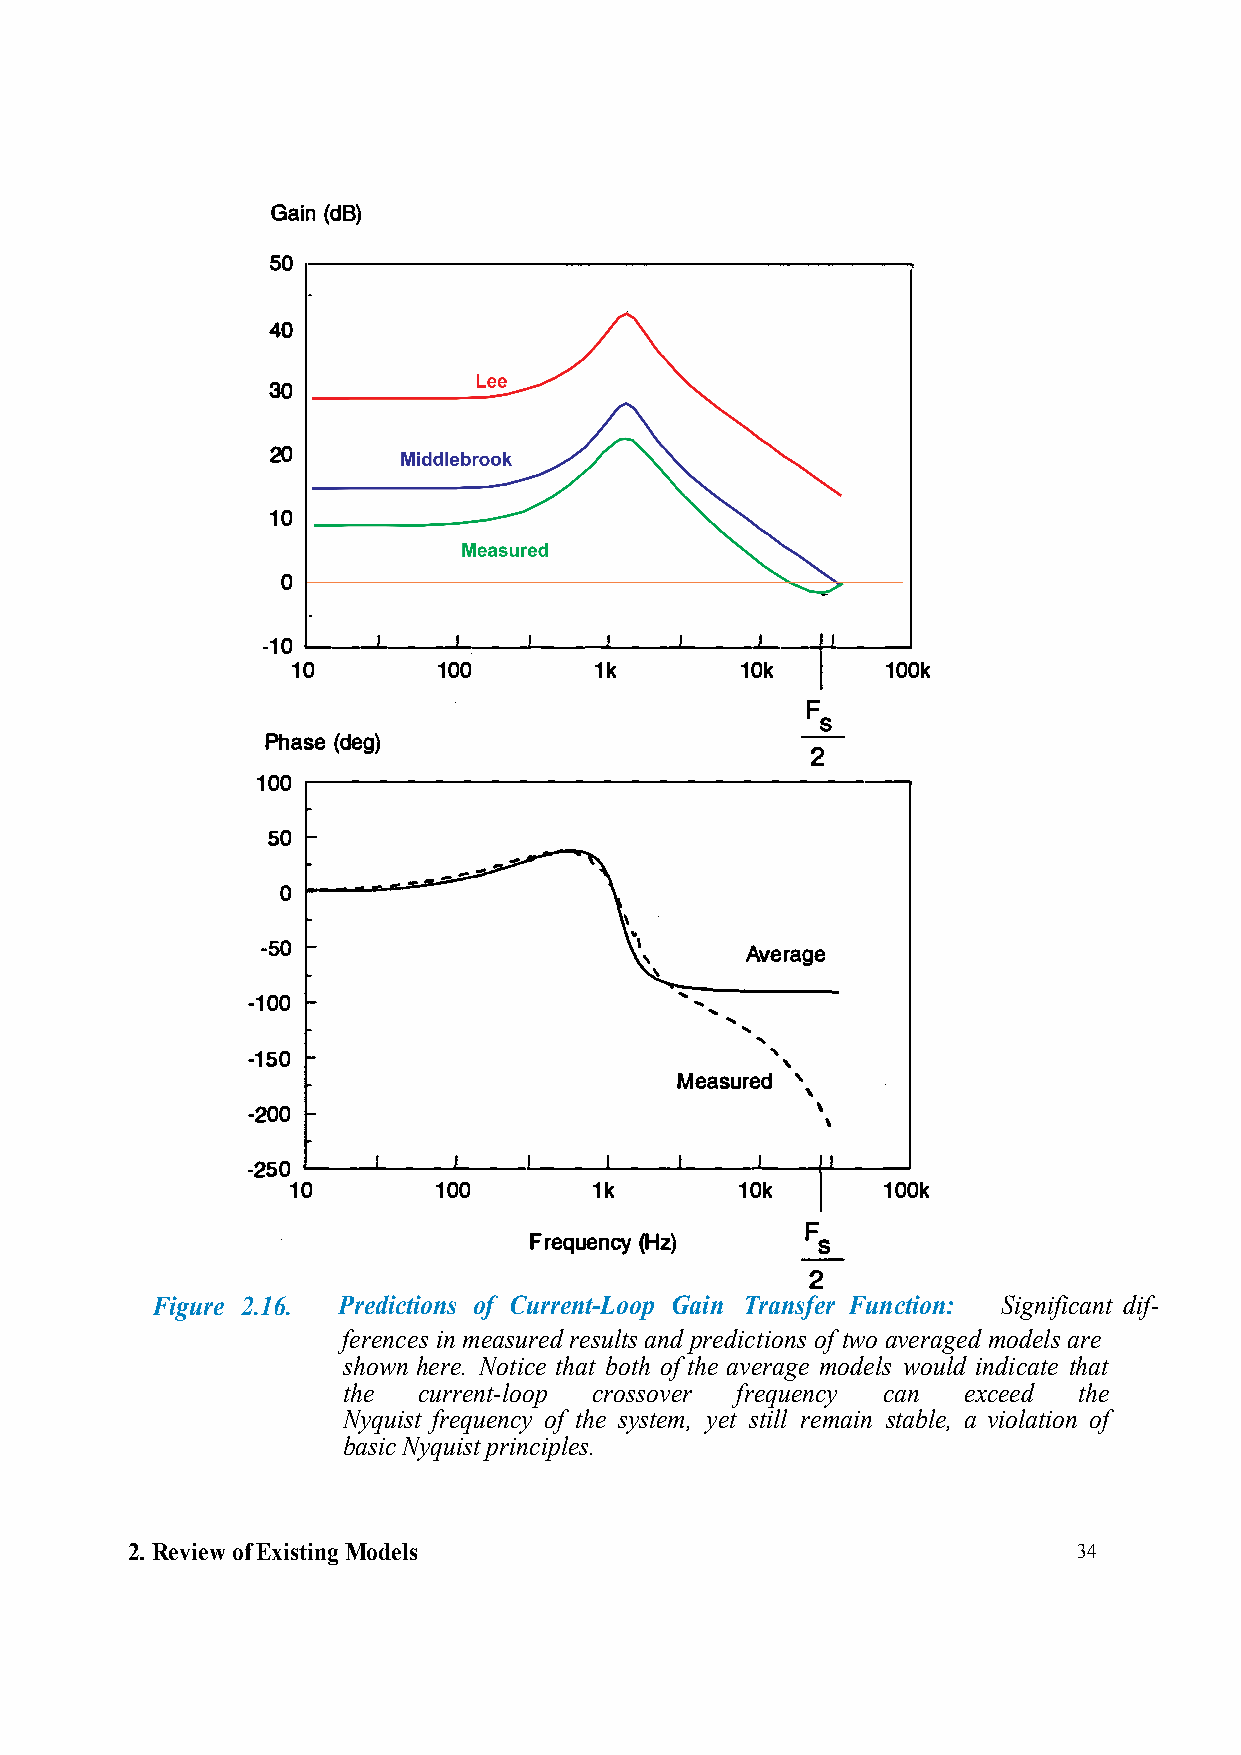
Gai(nd B)
 ...
 40
 Lee
 30. ...·.·.·.·.···.•·. · ···
 .
 20                                 .     .
 Middlebrook                 .
 10_  ___________  .,.
 Measured
 0
 - 10.__ �_._��-'-��.__�__._��--��..._�---�� .......
 10        100       1k        10k       100k
 Phas(ed eg)
 ���������������������-
 100
 50
 Average
 ....
 -100
 ....
 -150                                '
 Measur'e,d
 -200                                  \
 \
 -25'-- 0� -"-��-'-��.__�___.��-'-��..._�--�� .......
 10        100       1k        10k      100k
 Frequ(eHnzcy)     F  s
 2
 Figure 2.16. Predictions of Current-Loop Gain Transfer Function: Significant dif-
 ferences in measured results and predictions of two averaged models are
 shown here. Notice that both of the average models would indicate that
 the  current-loop crossover frequency can exceed the
 Nyquist frequency of the system, yet still remain stable, a violation of
 basic Nyquist principles.
 2. Review of Existing Models                                   34